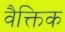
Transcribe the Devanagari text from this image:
वैक्तिक